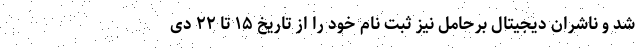
شد و ناشران دیجیتال برحامل نیز ثبت نام خود را از تاریخ ۱۵ تا ۲۲ دی